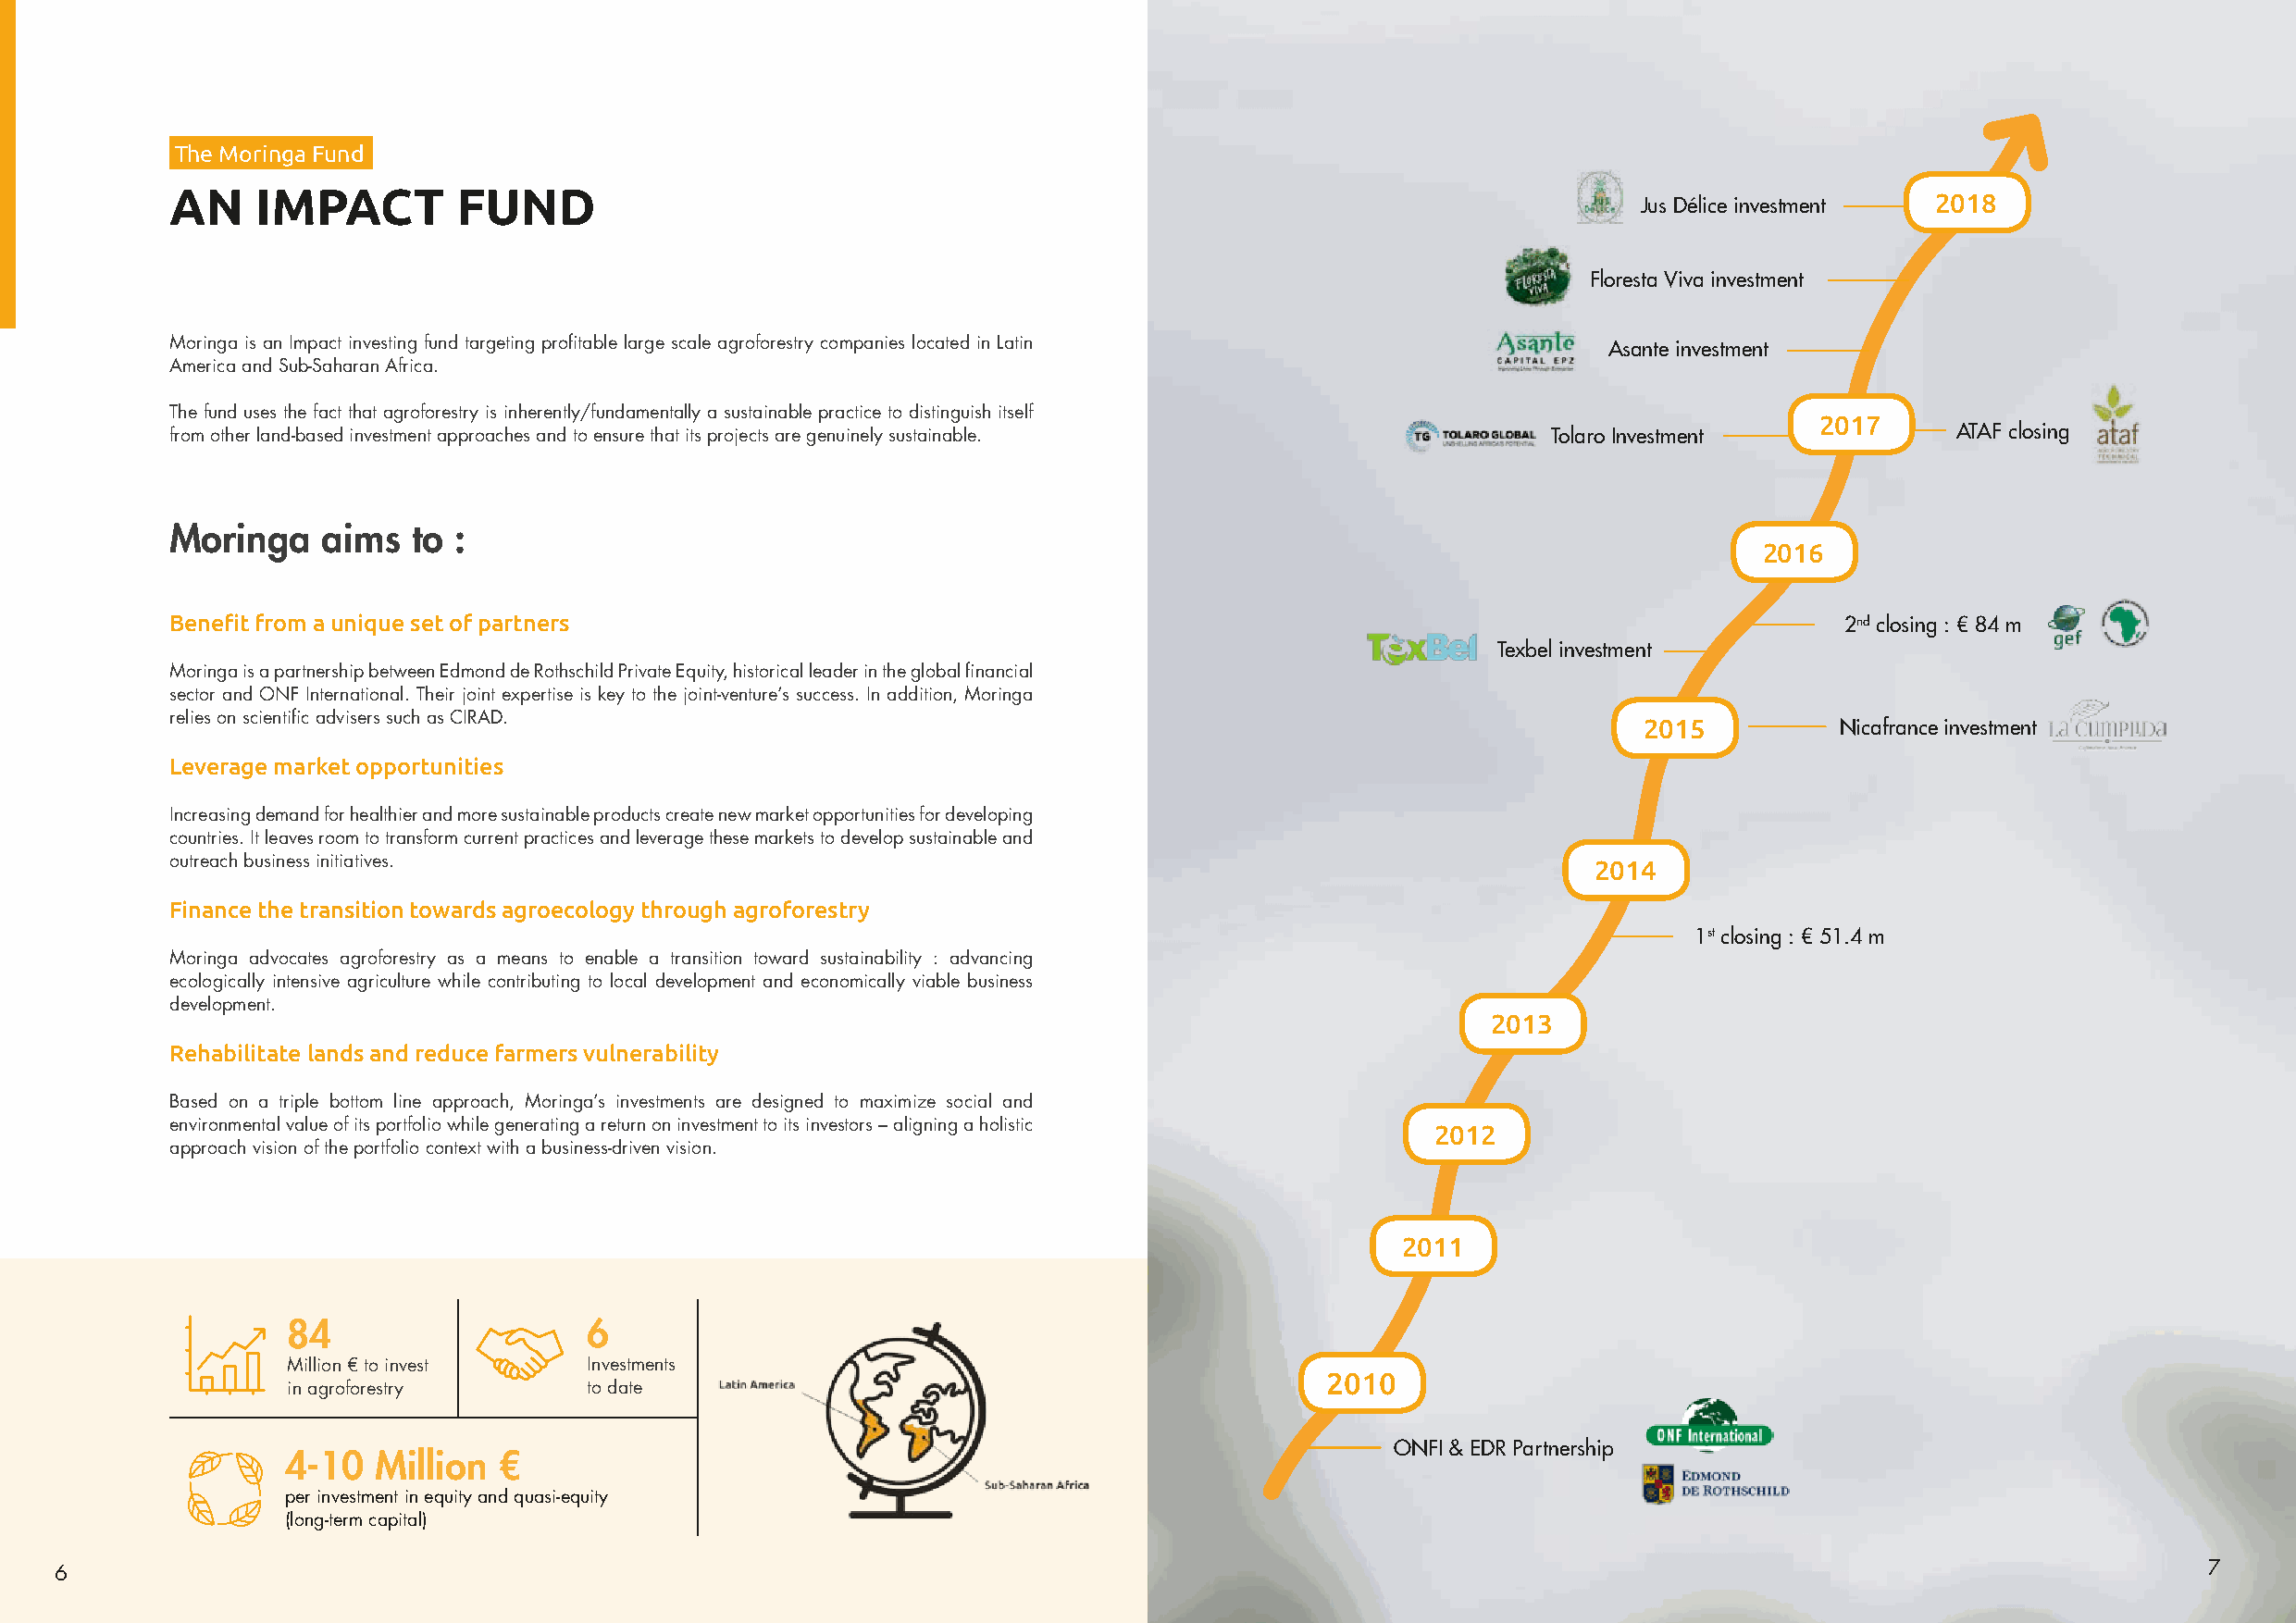
The Moringa Fund
 AN    IMPACT         FUND                                                                                Jus Délice investment 2018
 Floresta Viva investment
 Moringa is an Impact investing fund targeting profitable large scale agroforestry companies located in Latin Asante investment
 America and Sub-Saharan Africa.
 The fund uses the fact that agroforestry is inherently/fundamentally a sustainable practice to distinguish itself
 2017
 from other land-based investment approaches and to ensure that its projects are genuinely sustainable. Tolaro Investment        ATAF closing
 Moringa    aims  to  :
 2016
 Benefit from a unique set of partners                                                                                   2nd closing : € 84 m
 Texbel investment
 Moringa is a partnership between Edmond de Rothschild Private Equity, historical leader in the global financial
 sector and ONF International. Their joint expertise is key to the joint-venture’s success. In addition, Moringa
 relies on scientific advisers such as CIRAD.
 2015          Nicafrance investment
 Leverage market opportunities
 Increasing demand for healthier and more sustainable products create new market opportunities for developing
 countries. It leaves room to transform current practices and leverage these markets to develop sustainable and
 outreach business initiatives.                                                                        2014
 Finance the transition towards agroecology through agroforestry
 1st closing : € 51.4 m
 Moringa advocates agroforestry as a means to enable a transition toward sustainability : advancing
 ecologically intensive agriculture while contributing to local development and economically viable business
 development.
 2013
 Rehabilitate lands and reduce farmers vulnerability
 Based on a triple bottom line approach, Moringa’s investments are designed to maximize social and
 environmental value of its portfolio while generating a return on investment to its investors – aligning a holistic 2012
 approach vision of the portfolio context with a business-driven vision.
 2011
 84                   6
 Million € to invest  Investments
 2010
 in agroforestry      to date
 ONFI & EDR Partnership
 4-10   Million  €
 per investment in equity and quasi-equity
 (long-term capital)
 6                                                                                                                                                         7